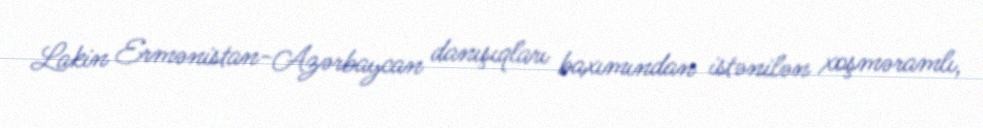
Lakin Ermənistan-Azərbaycan danışıqları baxımından istənilən xoşməramlı,